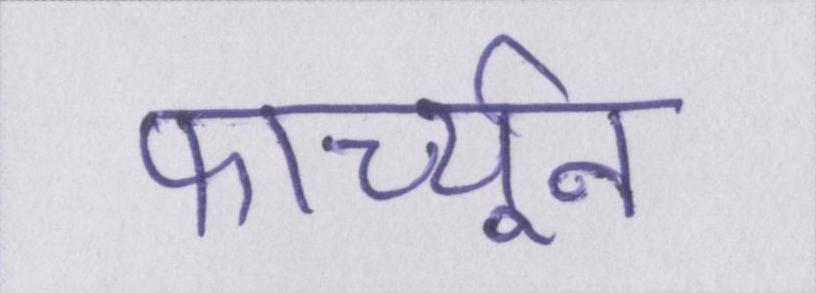
फार्च्यून